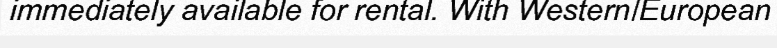
immediately available for rental. With Western/European